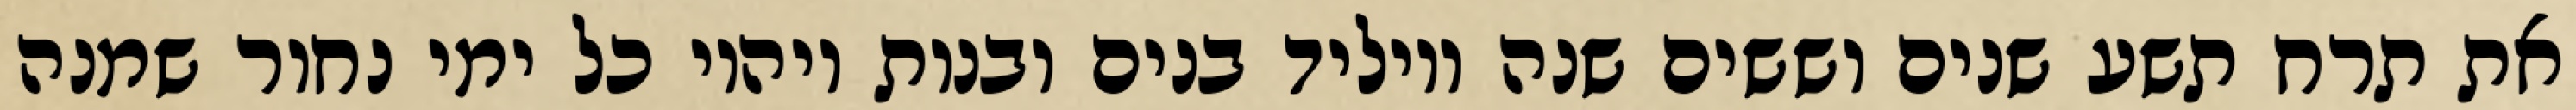
את תרח תשע שנים וששים שנה ויוליד בנים ובנות ויהיו כל ימי נחור שמנה